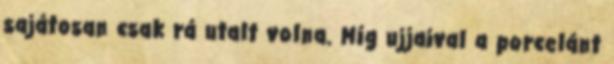
sajátosan csak rá utalt volna. Míg ujjaival a porcelánt